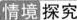
情境探究